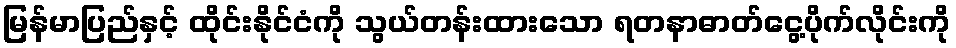
မြန်မာပြည်နှင့် ထိုင်းနိုင်ငံကို သွယ်တန်းထားသော ရတနာဓာတ်ငွေ့ပိုက်လိုင်းကို